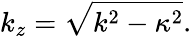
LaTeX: k_{z}=\sqrt{k^{2}-\kappa^{2}}.